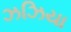
ઝઝિયા